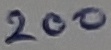
Text: 200